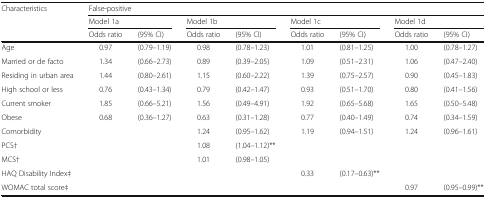
<table><thead><tr><td rowspan="3"><b>Characteristics</b></td><td colspan="8"><b>False-positive</b></td></tr><tr><td colspan="2"><b>Model 1a</b></td><td colspan="2"><b>Model 1b</b></td><td colspan="2"><b>Model 1c</b></td><td colspan="2"><b>Model 1d</b></td></tr><tr><td><b>Odds ratio</b></td><td><b>(95% CI)</b></td><td><b>Odds ratio</b></td><td><b>(95% CI)</b></td><td><b>Odds ratio</b></td><td><b>(95% CI)</b></td><td><b>Odds ratio</b></td><td><b>(95% CI)</b></td></tr></thead><tbody><tr><td>Age</td><td>0.97</td><td>(0.79–1.19)</td><td>0.98</td><td>(0.78–1.23)</td><td>1.01</td><td>(0.81–1.25)</td><td>1.00</td><td>(0.78–1.27)</td></tr><tr><td>Married or de facto</td><td>1.34</td><td>(0.66–2.73)</td><td>0.89</td><td>(0.39–2.05)</td><td>1.09</td><td>(0.51–2.31)</td><td>1.06</td><td>(0.47–2.40)</td></tr><tr><td>Residing in urban area</td><td>1.44</td><td>(0.80–2.61)</td><td>1.15</td><td>(0.60–2.22)</td><td>1.39</td><td>(0.75–2.57)</td><td>0.90</td><td>(0.45–1.83)</td></tr><tr><td>High school or less</td><td>0.76</td><td>(0.43–1.34)</td><td>0.79</td><td>(0.42–1.47)</td><td>0.93</td><td>(0.51–1.70)</td><td>0.80</td><td>(0.41–1.56)</td></tr><tr><td>Current smoker</td><td>1.85</td><td>(0.66–5.21)</td><td>1.56</td><td>(0.49–4.91)</td><td>1.92</td><td>(0.65–5.68)</td><td>1.65</td><td>(0.50–5.48)</td></tr><tr><td>Obese</td><td>0.68</td><td>(0.36–1.27)</td><td>0.63</td><td>(0.31–1.28)</td><td>0.77</td><td>(0.40–1.49)</td><td>0.74</td><td>(0.34–1.59)</td></tr><tr><td>Comorbidity</td><td></td><td></td><td>1.24</td><td>(0.95–1.62)</td><td>1.19</td><td>(0.94–1.51)</td><td>1.24</td><td>(0.96–1.61)</td></tr><tr><td>PCS†</td><td></td><td></td><td>1.08</td><td>(1.04–1.12)**</td><td></td><td></td><td></td><td></td></tr><tr><td>MCS†</td><td></td><td></td><td>1.01</td><td>(0.98–1.05)</td><td></td><td></td><td></td><td></td></tr><tr><td>HAQ Disability Index‡</td><td></td><td></td><td></td><td></td><td>0.33</td><td>(0.17–0.63)**</td><td></td><td></td></tr><tr><td>WOMAC total score‡</td><td></td><td></td><td></td><td></td><td></td><td></td><td>0.97</td><td>(0.95–0.99)**</td></tr></tbody></table>